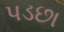
પડછા